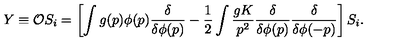
Y \equiv { \cal O } S _ { i } = \left[ \int g ( p ) \phi ( p ) { \frac { \delta } { \delta \phi ( p ) } } - { \frac { 1 } { 2 } } \int { \frac { g K } { p ^ { 2 } } } { \frac { \delta } { \delta \phi ( p ) } } { \frac { \delta } { \delta \phi ( - p ) } } \right] S _ { i } .